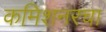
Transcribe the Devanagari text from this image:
कमिशनरचा